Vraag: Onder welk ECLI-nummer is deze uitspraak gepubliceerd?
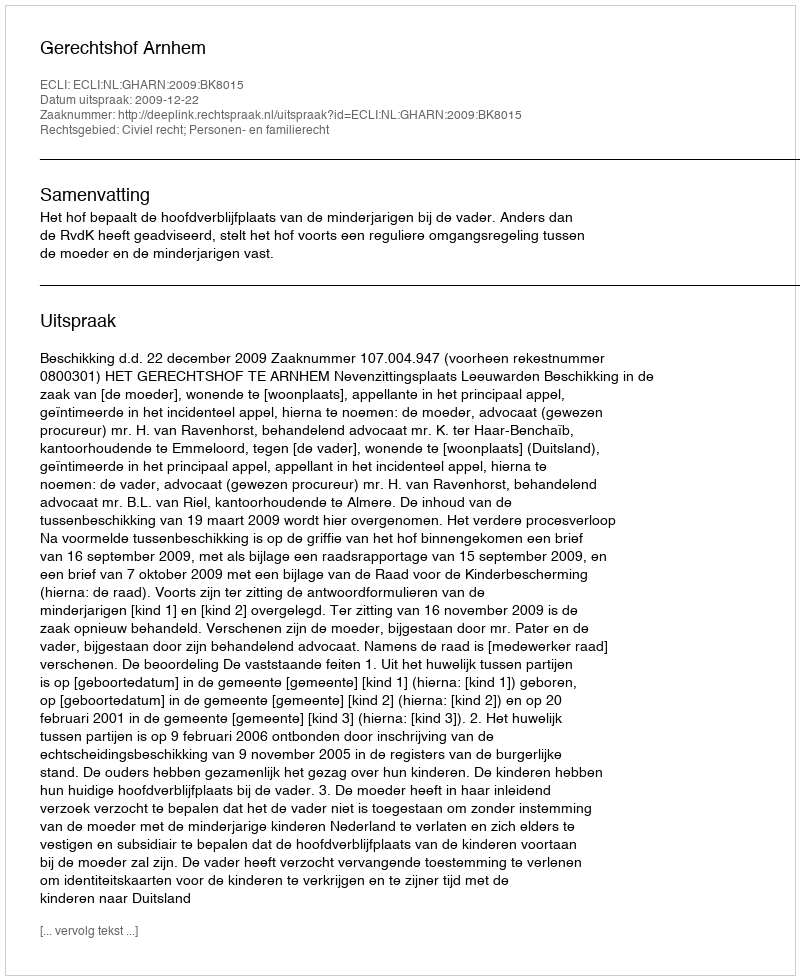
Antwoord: ECLI:NL:GHARN:2009:BK8015